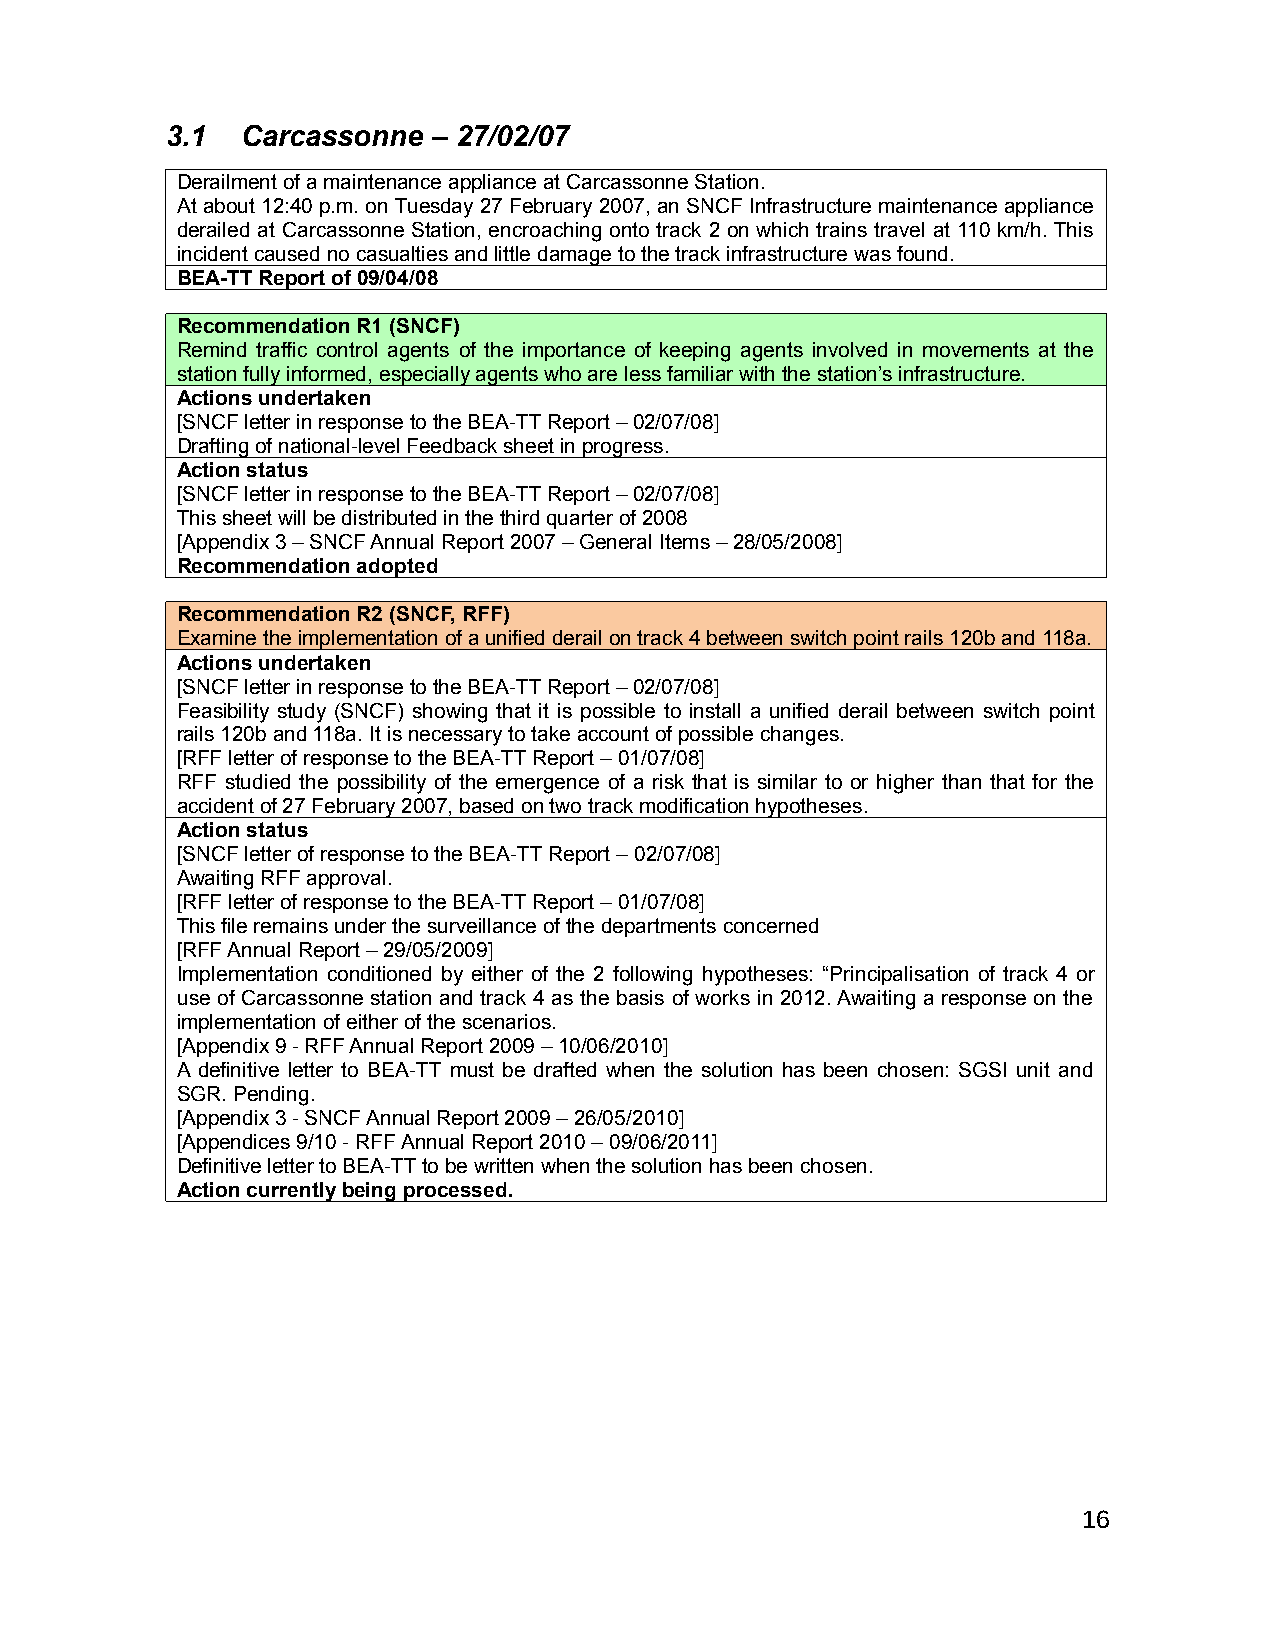
3.1  Carcassonne  – 27/02/07
 Derailment of a maintenance appliance at Carcassonne Station.
 At about 12:40 p.m. on Tuesday 27 February 2007, an SNCF Infrastructure maintenance appliance
 derailed at Carcassonne Station, encroaching onto track 2 on which trains travel at 110 km/h. This
 incident caused no casualties and little damage to the track infrastructure was found.
 BEA-TT Report of 09/04/08
 Recommendation R1 (SNCF)
 Remind traffic control agents of the importance of keeping agents involved in movements at the
 station fully informed, especially agents who are less familiar with the station’s infrastructure.
 Actions undertaken
 [SNCF letter in response to the BEA-TT Report – 02/07/08]
 Drafting of national-level Feedback sheet in progress.
 Action status
 [SNCF letter in response to the BEA-TT Report – 02/07/08]
 This sheet will be distributed in the third quarter of 2008
 [Appendix 3 – SNCF Annual Report 2007 – General Items – 28/05/2008]
 Recommendation adopted
 Recommendation R2 (SNCF, RFF)
 Examine the implementation of a unified derail on track 4 between switch point rails 120b and 118a.
 Actions undertaken
 [SNCF letter in response to the BEA-TT Report – 02/07/08]
 Feasibility study (SNCF) showing that it is possible to install a unified derail between switch point
 rails 120b and 118a. It is necessary to take account of possible changes.
 [RFF letter of response to the BEA-TT Report – 01/07/08]
 RFF studied the possibility of the emergence of a risk that is similar to or higher than that for the
 accident of 27 February 2007, based on two track modification hypotheses.
 Action status
 [SNCF letter of response to the BEA-TT Report – 02/07/08]
 Awaiting RFF approval.
 [RFF letter of response to the BEA-TT Report – 01/07/08]
 This file remains under the surveillance of the departments concerned
 [RFF Annual Report – 29/05/2009]
 Implementation conditioned by either of the 2 following hypotheses: “Principalisation of track 4 or
 use of Carcassonne station and track 4 as the basis of works in 2012. Awaiting a response on the
 implementation of either of the scenarios.
 [Appendix 9 - RFF Annual Report 2009 – 10/06/2010]
 A definitive letter to BEA-TT must be drafted when the solution has been chosen: SGSI unit and
 SGR. Pending.
 [Appendix 3 - SNCF Annual Report 2009 – 26/05/2010]
 [Appendices 9/10 - RFF Annual Report 2010 – 09/06/2011]
 Definitive letter to BEA-TT to be written when the solution has been chosen.
 Action currently being processed.
 16